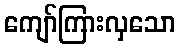
ကျော်ကြားလှသော